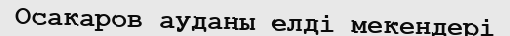
Осакаров ауданы елді мекендері